[Report on the health of British troops in the Madras command]
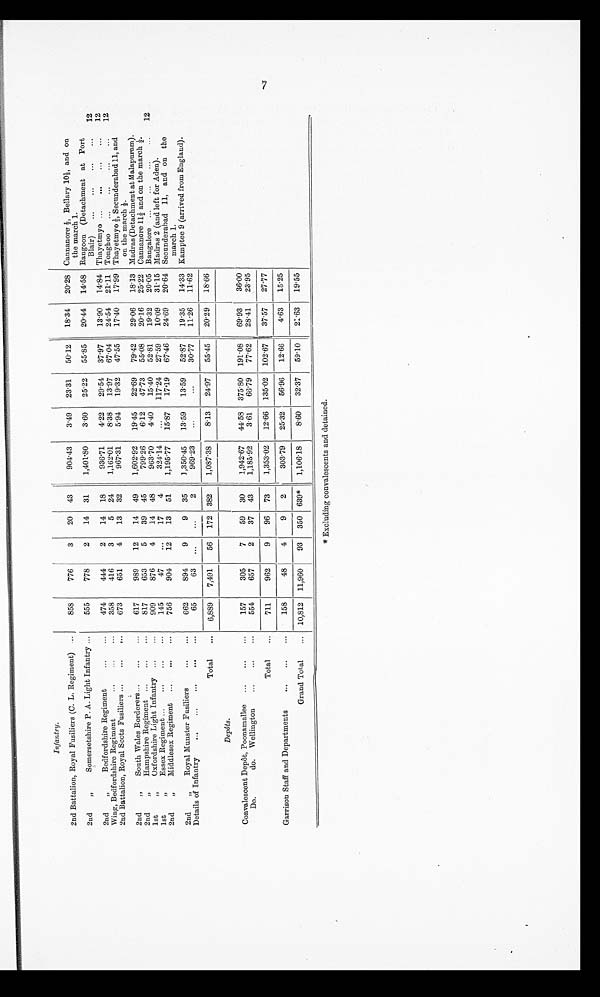
Infantry.
2nd Battalion, Royal Fusiliers (C. L. Regiment)
..
858
776
3
20
43
904.43
3.49
23 . 31
50.12
18.34
20. 28 Cannanore 1, Bella. y 101, and on
the march 1.
2nd
„
Somersetshire P. A. Light Infantry ...
555
778
2
14
31
1,401.80
3.60
25'22
55'85
20.44
14. 58 Rangoon (Detachment at Port
Blair)
..
...
...
...
12
2nd
„
Bedfordshire Regiment
...
...
474
444
2
14
18
936'71
4.22
29'54
37. 97
13.90
14.84 Thayetmyo ...
...
...
...
12
Wing, Bedfordshire Re g iment
...
...
...
358
416
3
5
24
1,162.01
8-38
13.97
67 . 04
24-54
21 . 11 Tonghoo
...
...
...
...
12
2nd Battalion, Royal Scots Fusiliers ...
...
...
673
651
4
13
32
967.31
5'94
19 .32
47. 55
17-40
17. 99 Thayetmyo -1-, Secunderabad 11, and
on the march i.
2nd
„
South Wales Borderers...
...
...
617
989
12
14
49
1,602-92
19'45
22'69
79 . 42
29.06
18 . 13 Madras (Detachment at M alapuram).
2nd
„
Hampshire Regiment ...
...
...
817
653
5
39
45
799'26
6'12
47'73
55'08
20-16
25 . 22 Cannanore 14 and on the march --..
1st
„
Oxfordshire Light Infantry
909
876
4
14
48
96370
4.40
1540
52 . 81
1932
20 . 05 Bangalore ...
...
...
...
12
1st
„
Essex Regiment ...
...
...
...
145
47
...
17
4
324'14
...
117'24
27 . 59
10.09
3115 Madras 2 (and left for Aden).
2nd
„
Middlesex Regiment ...
...
...
756
904
12
13
51
1,195'77
15'87
17.19
67.46
24-69
20 . 64 Secunderabad 11, and on the
march 1.
2nd
„
Royal Munster Fusiliers
.,.
...
662
894
9
9
35
1,350.45
13'59
13 . 59
52.87
19-35
14.33 Kamptee 9 (arrived from England).
Details of Infantry
...
...
...
...
...
65
63
...
...
2
969'23
...
3077
11.26
11.62
Total
...
6,889
7,491
56
172 382 i 1,087 . 38
8.13
24'97
55-45
20. 29
18.66
Depots.
Convalescent Depot, Poonamallee
...
...
...
157
305
7
59
30
1,942.67
44. 58 375 . 80 191 . 08
69.93
3600
Do.
do. Wellington
...
. . .
554
657
2
37
43
1,185.92
3.61
66'79
77-62
28-41
23.95
Total
...
711
962
9
96
73
1,353.02
12 . 66 135 . 02 102'67
37'57
2777
Garrison Staff and Departments
...
...
...
158
48
4
9
2 I303 . 79
25-32
56.96
12'66
4.63
15-25
Grand Total
... 10,812 11,960
93
350 639*
1,106-18
8-60
32 .37
59 . 10
21.63
19-55
* Excluding convalescents and detained.